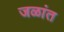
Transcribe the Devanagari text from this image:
जळांत